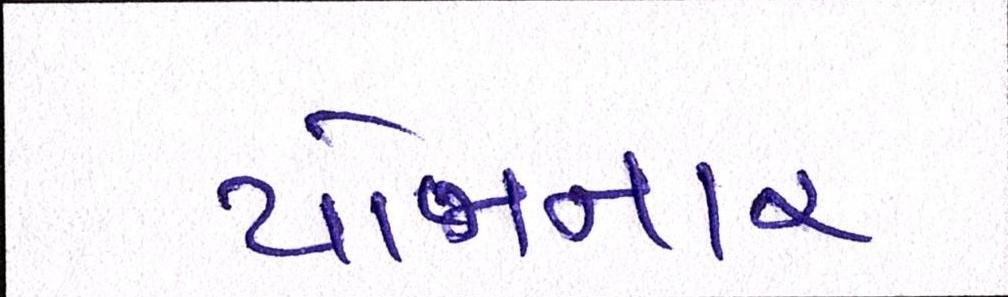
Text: યોજાનાર